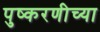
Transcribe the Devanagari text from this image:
पुष्करणीच्या